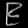
Digit: ၉